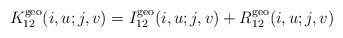
LaTeX: \begin{align*}K^{\rm geo}_{12}(i, u;j,v) = I^{\rm geo}_{12}(i, u;j,v)+ R^{\rm geo}_{12}(i, u;j,v)\end{align*}